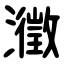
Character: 瀓